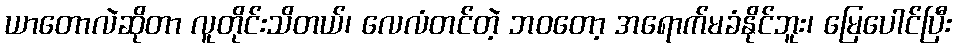
ယာတောလဲဆိုတာ လူတိုင်းသိတယ်၊ လေလံတင်တဲ့ ဘဝတော့ အရောက်မခံနိုင်ဘူး၊ မြေပေါင်ပြီး